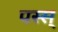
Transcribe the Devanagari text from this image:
पस्स्